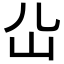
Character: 𡴸